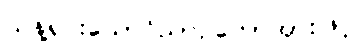
သန့်ရှင်းသောဝိညာဉ်တော်အားဖြင့်